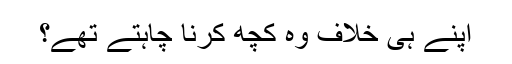
اپنے ہی خلاف وہ کچھ کرنا چاہتے تھے؟